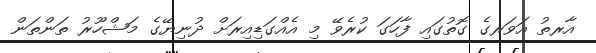
އާރތު އަވަރގެ ގޮތުގައި ފާހަގަ ކުރެވޭ މި އެއްގަޑިއިރަށް ދުނިޔޭގެ މަޝްހޫރު ތަންތަން